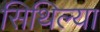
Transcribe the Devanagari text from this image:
सिथिल्या